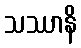
သဿာနိ